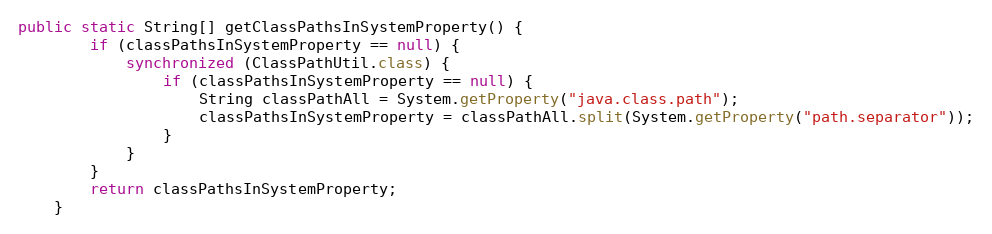
Language: Java
public static String[] getClassPathsInSystemProperty() {
        if (classPathsInSystemProperty == null) {
            synchronized (ClassPathUtil.class) {
                if (classPathsInSystemProperty == null) {
                    String classPathAll = System.getProperty("java.class.path");
                    classPathsInSystemProperty = classPathAll.split(System.getProperty("path.separator"));
                }
            }
        }
        return classPathsInSystemProperty;
    }